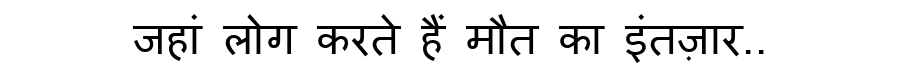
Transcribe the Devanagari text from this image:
जहां लोग करते हैं मौत का इंतज़ार..